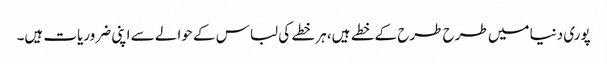
پوری دنیا میں طرح طرح کے خطے ہیں، ہر خطے کی لباس کے حوالے سے اپنی ضروریات ہیں۔